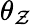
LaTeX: \theta_{\mathcal{Z}}